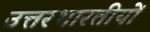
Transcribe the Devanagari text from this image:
उत्तरभारतीयों